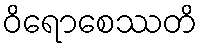
ဝိရောစေဿတိ